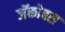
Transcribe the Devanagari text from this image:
जॅकोबस